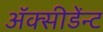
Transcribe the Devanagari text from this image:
अॅक्सीडेंन्ट